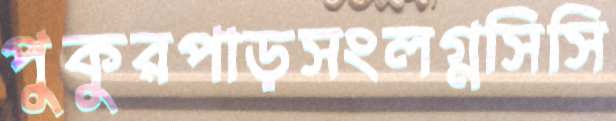
পুকুরপাড়সংলগ্নসিসি